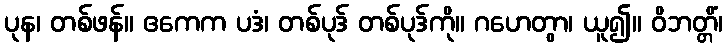
ပုန၊ တစ်ဖန်။ ဧကေက ပဒံ၊ တစ်ပုဒ် တစ်ပုဒ်ကို။ ဂဟေတွာ၊ ယူ၍။ ဝိဘတ္တိံ၊